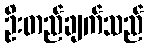
ဦးတည်ချက်သည်